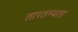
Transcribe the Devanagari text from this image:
तारतम्‍यता